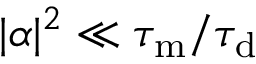
| \alpha | ^ { 2 } \ll \tau _ { \mathrm { m } } / \tau _ { \mathrm { d } }